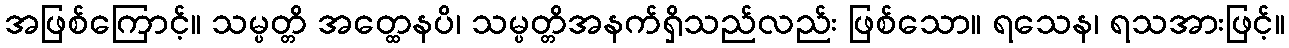
အဖြစ်ကြောင့်။ သမ္ပတ္တိ အတ္ထေနပိ၊ သမ္ပတ္တိအနက်ရှိသည်လည်း ဖြစ်သော။ ရသေန၊ ရသအားဖြင့်။